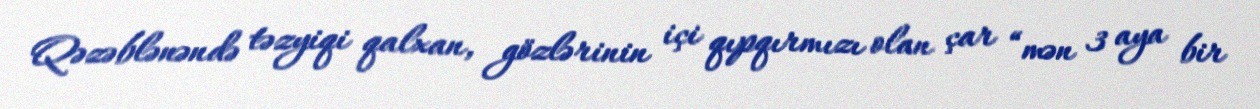
Qəzəblənəndə təzyiqi qalxan, gözlərinin içi qıpqırmızı olan çar “mən 3 aya bir